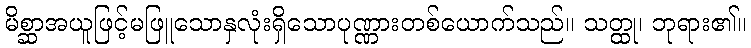
မိစ္ဆာအယူဖြင့်မဖြူသောနှလုံးရှိသောပုဏ္ဏားတစ်ယောက်သည်။ သတ္ထု၊ ဘုရား၏။